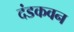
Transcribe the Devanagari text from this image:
दंडकवन